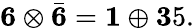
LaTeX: {\mathbf 6}\otimes\bar{\mathbf 6}={\mathbf 1}\oplus{\mathbf 35}.